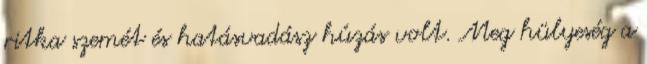
ritka szemét és hatásvadász húzás volt. Meg hülyeség a